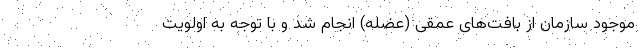
موجود سازمان از بافت‌های عمقی (عضله) انجام شد و با توجه به اولویت